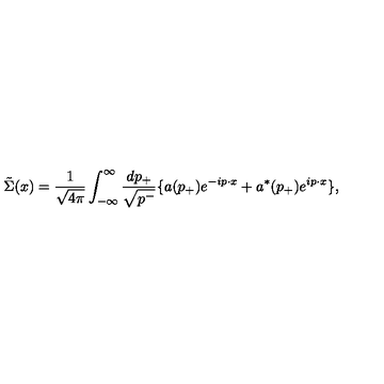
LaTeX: \tilde { \Sigma } ( x ) = \frac { 1 } { \sqrt { 4 { \pi } } } \int _ { - { \infty } } ^ { \infty } \frac { d p _ { + } } { \sqrt { p ^ { - } } } \{ a ( p _ { + } ) e ^ { - i p { \cdot } x } + a ^ { \ast } ( p _ { + } ) e ^ { i p { \cdot } x } \} ,